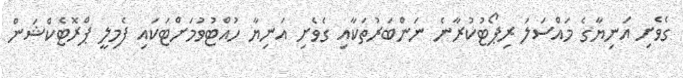
ގެވެށި އަނިޔާގެ މައްސަލަ ރިޕޯޓުކުރާނެ ނަންބަރުތަކާއި ގެވެށި އަނިޔާ ހުއްޓުވުމަށްޓަކައި ފެމިލީ ޕްރޮޓެކްޝަން